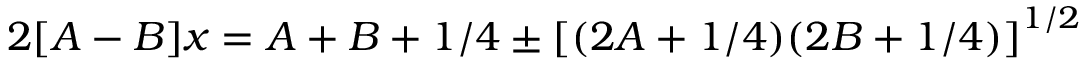
2 [ A - B ] x = A + B + 1 / 4 \pm \left[ ( 2 A + 1 / 4 ) ( 2 B + 1 / 4 ) \right] ^ { 1 / 2 }